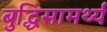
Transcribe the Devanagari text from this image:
बुद्धिसामर्थ्य